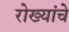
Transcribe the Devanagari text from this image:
रोख्यांचे